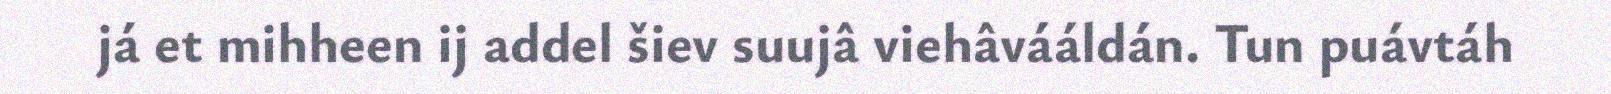
já et mihheen ij addel šiev suujâ viehâvááldán. Tun puávtáh